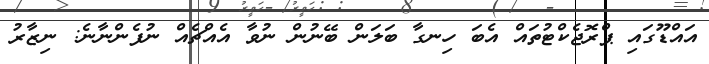
އައްޑޫގައި ޕްރޮޖެކްޓުތައް އެބަ ހިނގާ ބަލަން ބޭނުން ނުވާ އެއްޗެއް ނުފެންނާނެ: ނިޒާރު